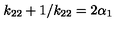
k _ { 2 2 } + 1 / k _ { 2 2 } = 2 \alpha _ { 1 }